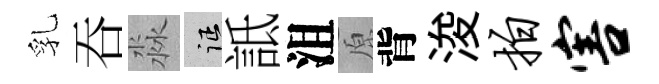
乳吞淼征詆沮原背浚拍害